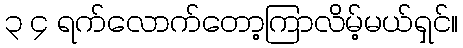
၃ ၄ ရက်လောက်တော့ကြာလိမ့်မယ်ရှင်။